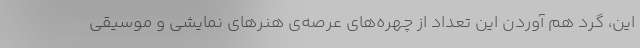
این، گرد هم آوردن این تعداد از چهره‌های عرصه‌ی هنرهای نمایشی و موسیقی